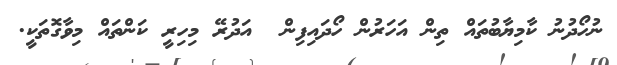
ނުހޯދުނު ކާމިޔާބުތައް ތިން އަހަރުން ހޯދައިފިން  އަދުރޭ މިހިރީ ކަންތައް މިވާގޮތަކީ.